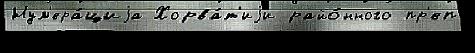
Нум'ера́циjа Хорва́т'иjи райо́нного пр'еп